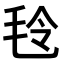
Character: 𣭔